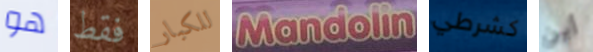
هو فقط للكبار Mandoline كشرطي أين